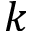
k